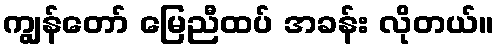
ကျွန်တော် မြေညီထပ် အခန်း လိုတယ်။